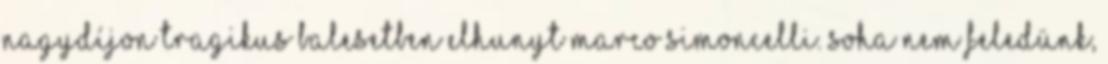
Nagydíjon tragikus balesetben elhunyt Marco Simoncelli. Soha nem feledünk,